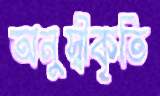
অনুস্বীকৃতি